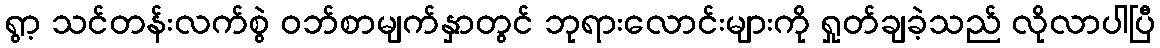
ရွာ့ သင်တန်းလက်စွဲ ဝဘ်စာမျက်နှာတွင် ဘုရားလောင်းများကို ရှုတ်ချခဲ့သည် လိုလာပါပြီ